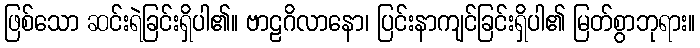
ဖြစ်သော ဆင်းရဲခြင်းရှိပါ၏။ ဗာဠဂိလာနော၊ ပြင်းနာကျင်ခြင်းရှိပါ၏ မြတ်စွာဘုရား။